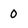
Character: 0